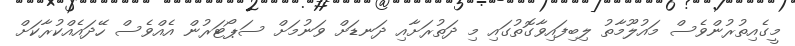
މީގެއިތުރުންވެސް މައުލޫމާތު ލިބިފައިވާގޮތުގައި މި ދަތުރަށާއި ދަނޑަށް ވަނުމަށް ސަޕޯޓަރުން އެއްވެސް ހޭދައެއްކުރާކަށް